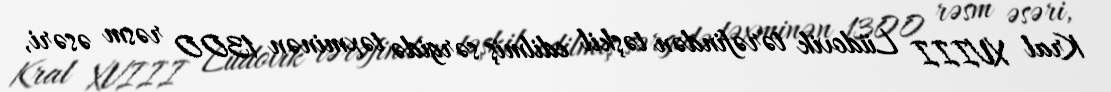
Kral XVIII Lüdovik tərəfindən təşkil edilmiş sərgidə təxminən 1300 rəsm əsəri,